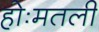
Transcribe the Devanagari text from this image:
होःमतली